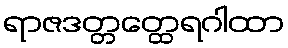
ရာဇဒတ္တတ္ထေရဂါထာ